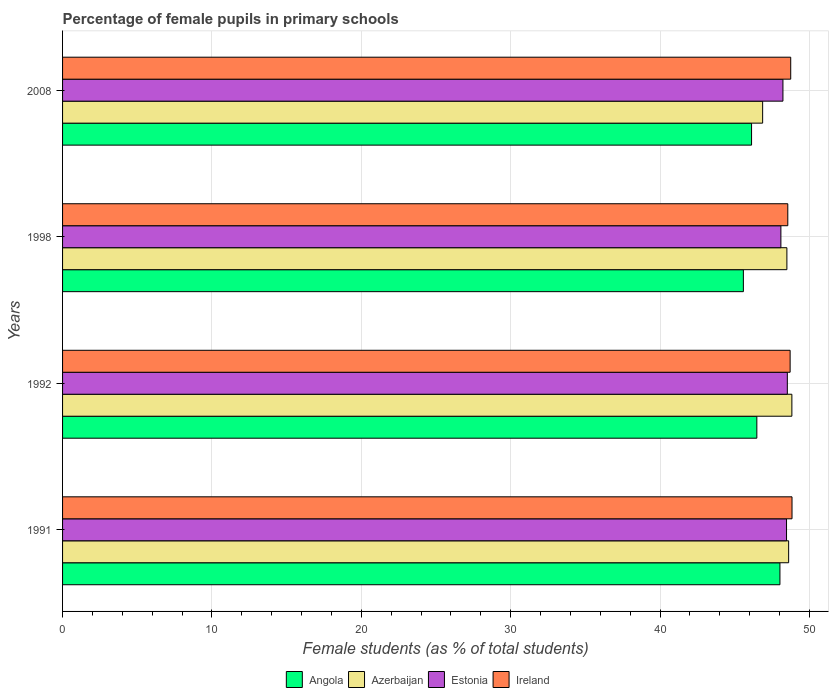
| Years | Angola | Azerbaijan | Estonia | Ireland |
 | --- | --- | --- | --- | --- |
 | 1991 | 48 | 48.6 | 48.5 | 48.8 |
 | 1992 | 46.5 | 48.8 | 48.5 | 48.7 |
 | 1998 | 45.6 | 48.5 | 48.1 | 48.5 |
 | 2008 | 46.1 | 46.9 | 48.2 | 48.7 |